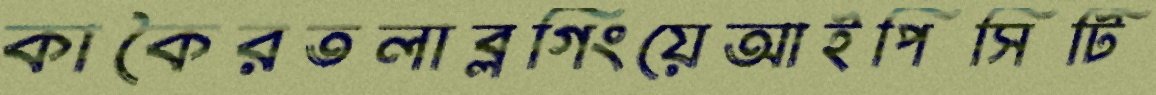
কাকৈরতলাব্লগিংয়েআইপিসিটি